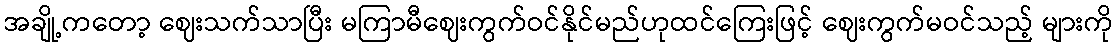
အချို့ကတော့ ဈေးသက်သာပြီး မကြာမီဈေးကွက်ဝင်နိုင်မည်ဟုထင်ကြေးဖြင့် ဈေးကွက်မဝင်သည့် များကို